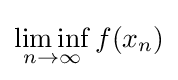
\liminf _{n\to \infty }f(x_{n})